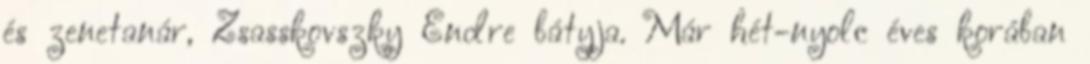
és zenetanár, Zsasskovszky Endre bátyja. Már hét-nyolc éves korában